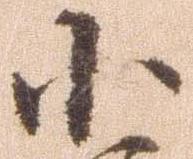
小